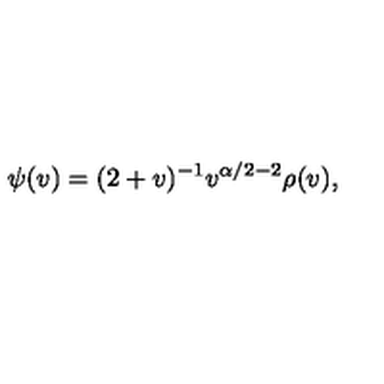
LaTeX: \psi ( v ) = ( 2 + v ) ^ { - 1 } v ^ { \alpha / 2 - 2 } \rho ( v ) ,